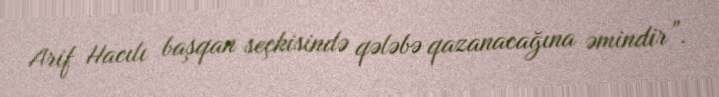
Arif Hacılı başqan seçkisində qələbə qazanacağına əmindir”.